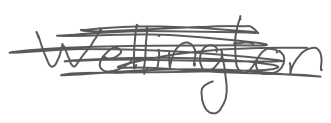
Text: Wellington
Cross-out: scratch
Writing tool: digital_gray